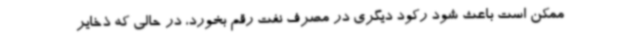
ممکن است باعث شود رکود دیگری در مصرف نفت رقم بخورد، در حالی که ذخایر